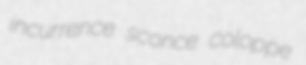
incurrence sconce coloppe